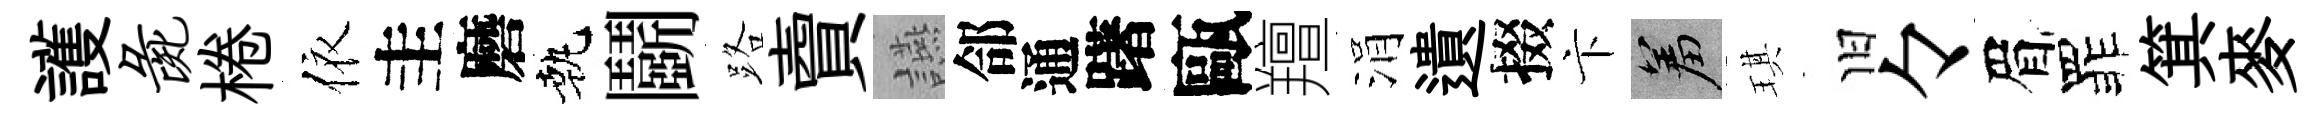
護彘棬依圭磨執鬬路𧶠讌郃通躇甌羶涓遺掇卞羞琪旧々眉罪箕麥